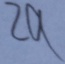
2 a